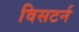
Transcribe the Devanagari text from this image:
विसटर्न